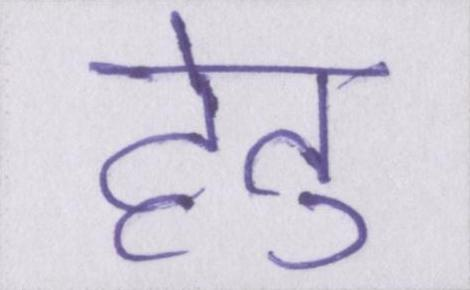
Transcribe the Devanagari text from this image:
हेतु